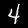
Label: 4